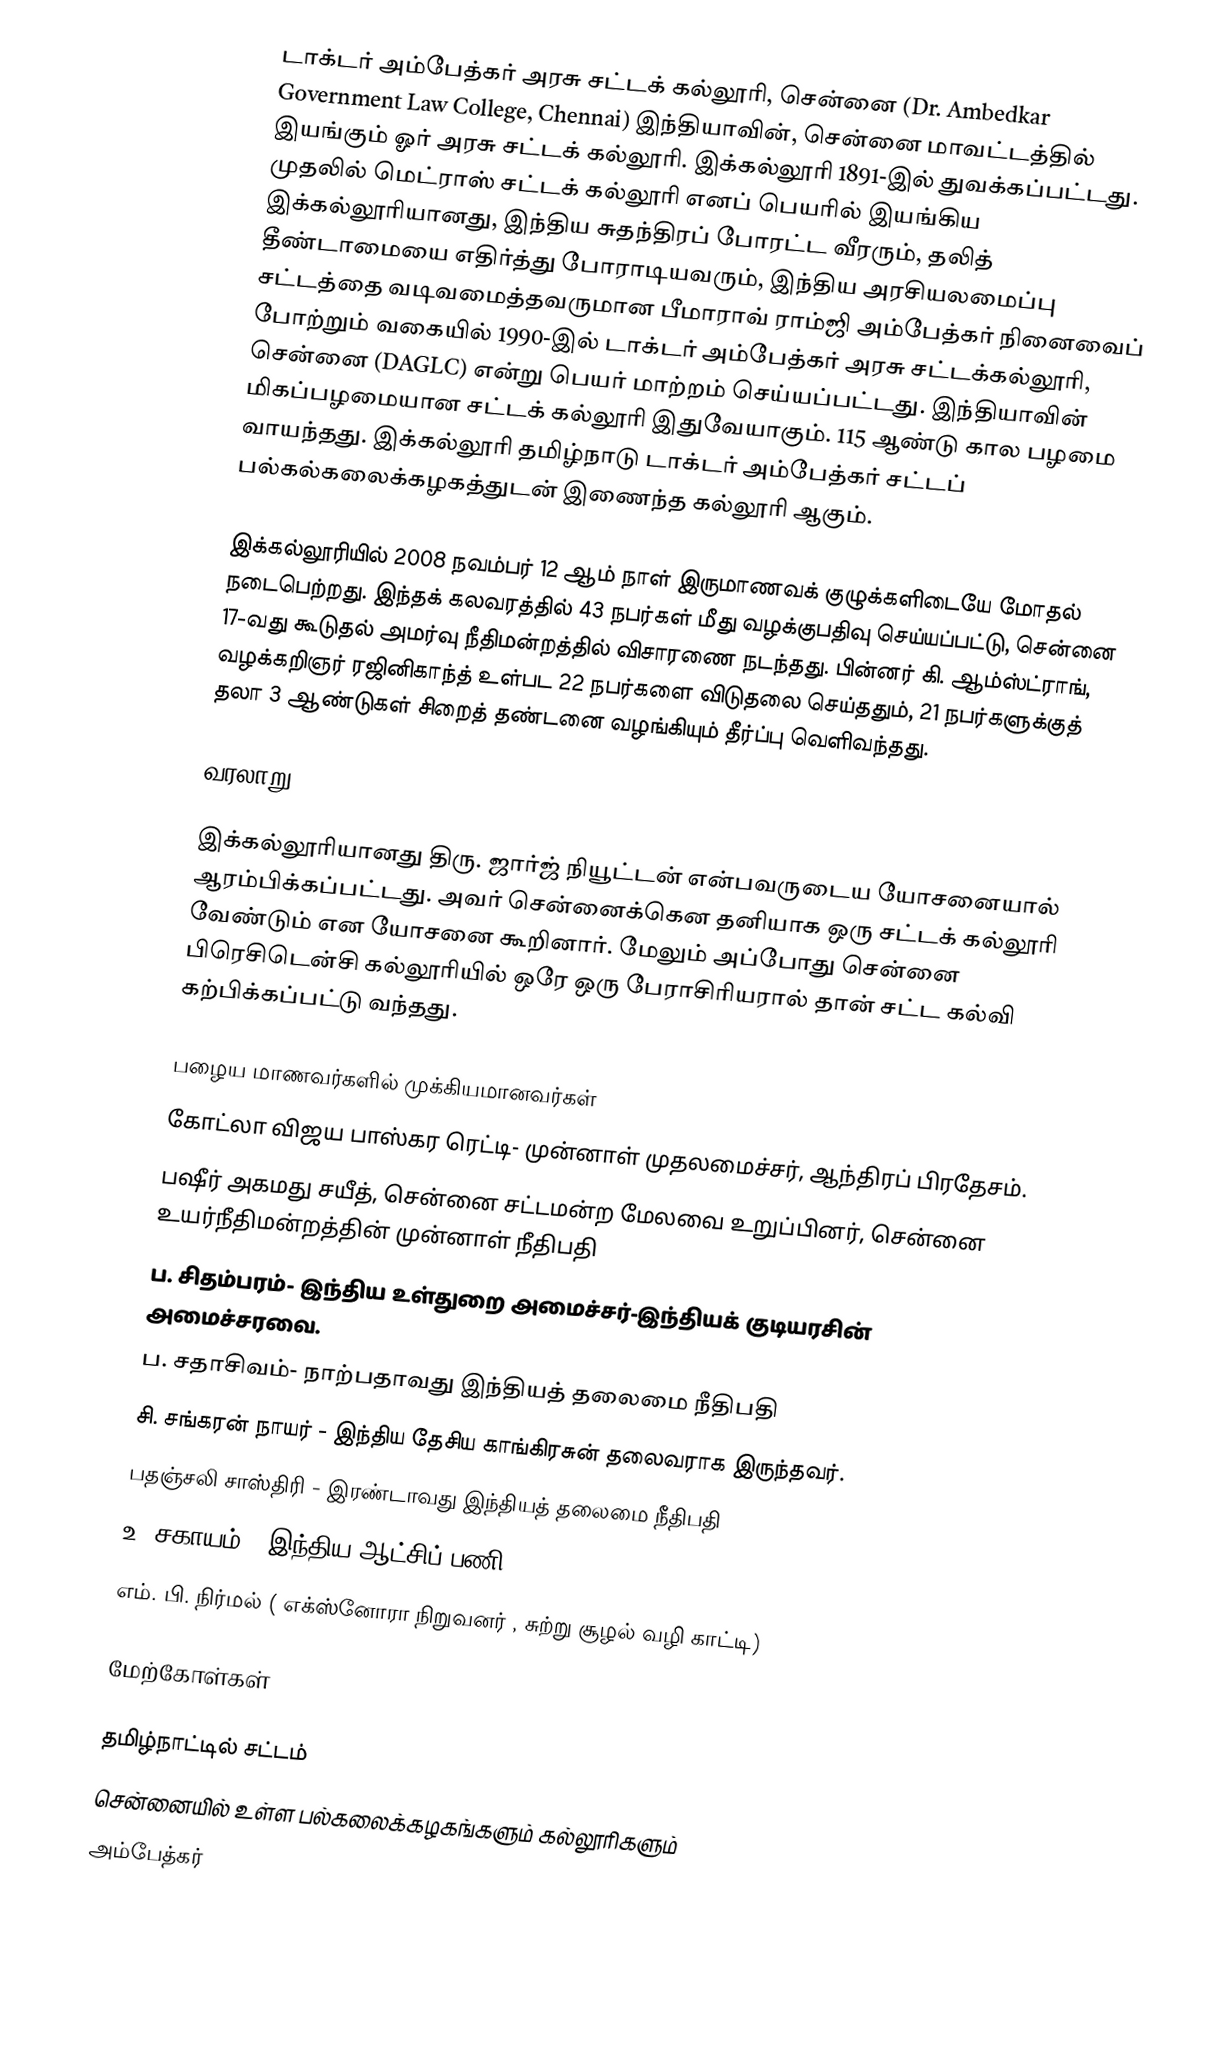
டாக்டர் அம்பேத்கர் அரசு சட்டக் கல்லூரி, சென்னை (Dr. Ambedkar Government Law College, Chennai) இந்தியாவின், சென்னை மாவட்டத்தில் இயங்கும் ஓர் அரசு சட்டக் கல்லூரி. இக்கல்லூரி 1891-இல் துவக்கப்பட்டது. முதலில் மெட்ராஸ் சட்டக் கல்லூரி எனப் பெயரில் இயங்கிய இக்கல்லூரியானது, இந்திய சுதந்திரப் போரட்ட வீரரும், தலித் தீண்டாமையை எதிர்த்து போராடியவரும், இந்திய அரசியலமைப்பு சட்டத்தை வடிவமைத்தவருமான பீமாராவ் ராம்ஜி அம்பேத்கர் நினைவைப் போற்றும் வகையில் 1990-இல் டாக்டர் அம்பேத்கர் அரசு சட்டக்கல்லூரி, சென்னை (DAGLC) என்று பெயர் மாற்றம் செய்யப்பட்டது. இந்தியாவின் மிகப்பழமையான சட்டக் கல்லூரி இதுவேயாகும். 115 ஆண்டு கால பழமை வாயந்தது. இக்கல்லூரி தமிழ்நாடு டாக்டர் அம்பேத்கர் சட்டப் பல்கல்கலைக்கழகத்துடன் இணைந்த கல்லூரி ஆகும்.

இக்கல்லூரியில் 2008 நவம்பர் 12 ஆம் நாள் இருமாணவக் குழுக்களிடையே மோதல் நடைபெற்றது. இந்தக் கலவரத்தில் 43 நபர்கள் மீது வழக்குபதிவு செய்யப்பட்டு, சென்னை 17-வது கூடுதல் அமர்வு நீதிமன்றத்தில் விசாரணை நடந்தது. பின்னர் கி. ஆம்ஸ்ட்ராங், வழக்கறிஞர் ரஜினிகாந்த் உள்பட 22 நபர்களை விடுதலை செய்ததும், 21 நபர்களுக்குத் தலா 3 ஆண்டுகள் சிறைத் தண்டனை வழங்கியும் தீர்ப்பு வெளிவந்தது.

வரலாறு

இக்கல்லூரியானது திரு. ஜார்ஜ் நியூட்டன் என்பவருடைய யோசனையால் ஆரம்பிக்கப்பட்டது. அவர் சென்னைக்கென தனியாக ஒரு சட்டக் கல்லூரி வேண்டும் என யோசனை கூறினார். மேலும் அப்போது சென்னை பிரெசிடென்சி கல்லூரியில் ஒரே ஒரு பேராசிரியரால் தான் சட்ட கல்வி கற்பிக்கப்பட்டு வந்தது.

பழைய மாணவர்களில் முக்கியமானவர்கள்
கோட்லா விஜய பாஸ்கர ரெட்டி-  முன்னாள் முதலமைச்சர், ஆந்திரப் பிரதேசம்.
 பஷீர் அகமது சயீத், சென்னை சட்டமன்ற மேலவை உறுப்பினர், சென்னை உயர்நீதிமன்றத்தின் முன்னாள் நீதிபதி
 ப. சிதம்பரம்- இந்திய உள்துறை அமைச்சர்-இந்தியக் குடியரசின் அமைச்சரவை.
 ப. சதாசிவம்- நாற்பதாவது இந்தியத் தலைமை நீதிபதி
 சி. சங்கரன் நாயர் - இந்திய தேசிய காங்கிரசுன் தலைவராக இருந்தவர்.
 பதஞ்சலி சாஸ்திரி - இரண்டாவது இந்தியத் தலைமை நீதிபதி
 உ. சகாயம் - இந்திய ஆட்சிப் பணி
 எம். பி. நிர்மல் ( எக்ஸ்னோரா நிறுவனர் , சுற்று  சூழல் வழி காட்டி)

மேற்கோள்கள்

தமிழ்நாட்டில் சட்டம்
சென்னையில் உள்ள பல்கலைக்கழகங்களும் கல்லூரிகளும்
அம்பேத்கர்